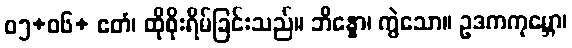
၀၅+၀၆+ ဧတံ၊ ထိုစိုးရိမ်ခြင်းသည်။ ဘိန္နော၊ ကွဲသော။ ဥဒကကုမ္ဘော၊